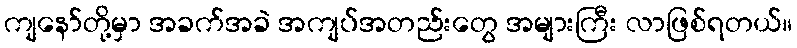
ကျနော်တို့မှာ အခက်အခဲ အကျပ်အတည်းတွေ အများကြီး လာဖြစ်ရတယ်။